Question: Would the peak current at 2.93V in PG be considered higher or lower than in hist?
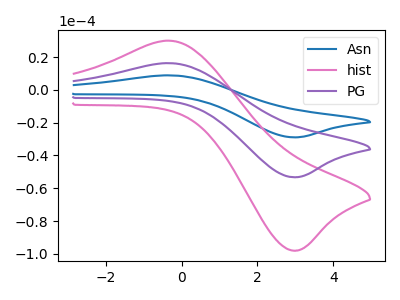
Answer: <think>The blue curve "Asn" has an anodic peak at (-0.30V, 32.60uA) and a cathodic peak at (2.95V, -106.55uA). The pink curve "hist" has an anodic peak at (-0.30V, 30.00uA) and a cathodic peak at (2.95V, -98.00uA). The purple curve "PG" has an anodic peak at (-0.30V, 16.30uA) and a cathodic peak at (2.95V, -53.25uA).</think>
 <answer>The peak at 2.93V is lower in "PG" than in "hist".</answer>
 <eval>lower</eval>